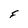
Character: F